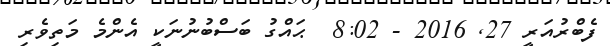
ފެބްރުއަރީ 27